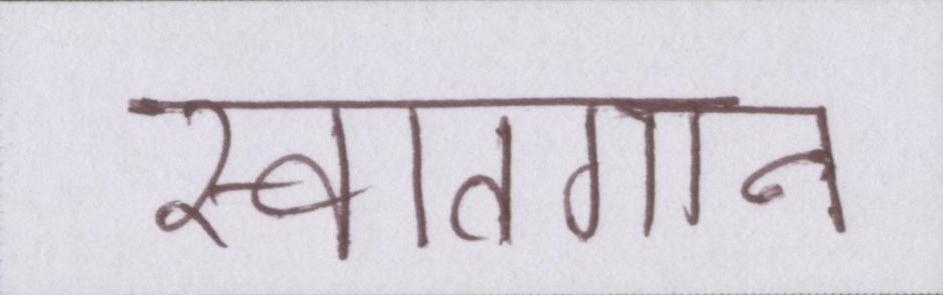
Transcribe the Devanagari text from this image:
स्वातगान